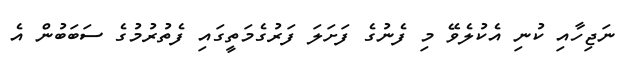
ނަޖިހާއި ކުނި އެކުލެވޭ މި ފެނުގެ ފަށަލަ ފަރުގެމަތީގައި ފެތުރުމުގެ ސަބަބުން އެ